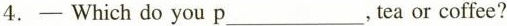
4.—Which do you p___, tea or coffee?